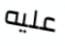
عليه